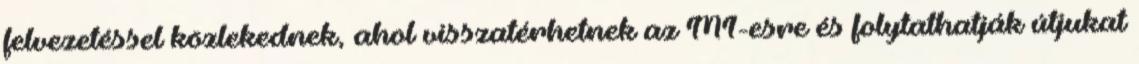
felvezetéssel közlekednek, ahol visszatérhetnek az M1-esre és folytathatják útjukat